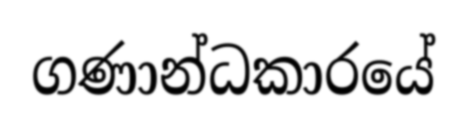
ගණාන්ධකාරයේ